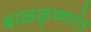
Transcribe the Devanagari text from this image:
बाळकृष्णपंत